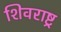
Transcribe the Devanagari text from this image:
शिवराष्ट्र